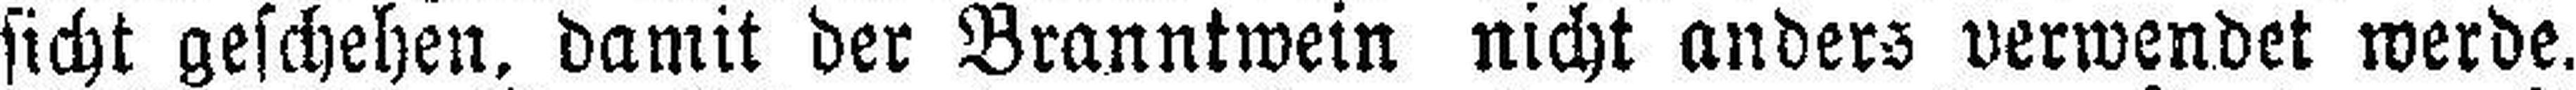
sicht geschehen, damit der Branntwein nicht anders verwendet werde.